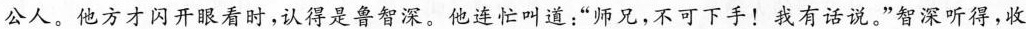
公人。他方才闪开眼看时，认得是鲁智深。他连忙叫道：”师兄，不可下手！我有话说。”智深听得，收